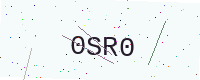
Text: 0SR0